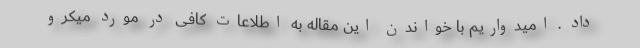
داد . امیدواریم با خواندن این مقاله به اطلاعات کافی در مورد میکرو